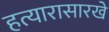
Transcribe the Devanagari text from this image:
हत्यारासारखे